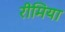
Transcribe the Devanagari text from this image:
रीमिया